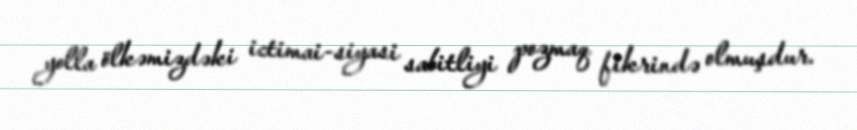
yolla ölkəmizdəki ictimai-siyasi sabitliyi pozmaq fikrində olmuşdur.